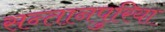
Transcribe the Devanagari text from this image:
सन्तानपुरिया